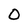
Character: O